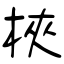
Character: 梜